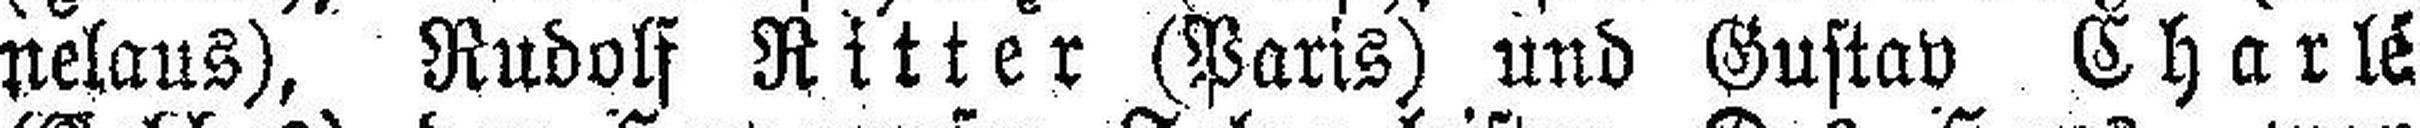
nelaus), Rudolf Ritter (Paris) und Gustav Charlé